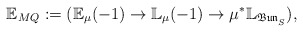
\begin{align*}\mathbb{E}_{MQ}:=(\mathbb{E}_{\mu}(-1)\rightarrow\mathbb{L}_{\mu}(-1)\rightarrow\mu^*\mathbb{L}_{\mathfrak{Bun}^{}_S}),\end{align*}